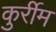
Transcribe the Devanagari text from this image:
कुर्रीम